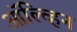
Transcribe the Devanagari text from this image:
ऑल्व्हिन